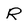
Character: R